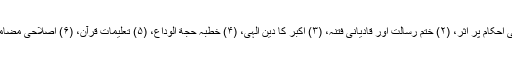
(۱) یکساں سول کوڈ اور اس کا اسلامی احکام پر اثر، (۲) ختم رسالت اور قادیانی فتنہ، (۳) اکبر کا دینِ الٰہی، (۴) خطبہ حجة الوداع، (۵) تعلیماتِ قرآن، (۶) اصلاحی مضامین جو بشکل اشتہار شائع کرتے تھے۔